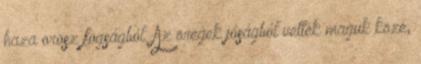
haza orosz fogságból. Az öregek jóságból vették maguk közé,